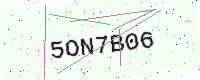
Text: 5ON7B06